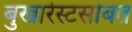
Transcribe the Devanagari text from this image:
बुखारेस्टसोबत